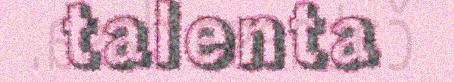
talenta